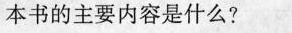
本书的主要内容是什么?